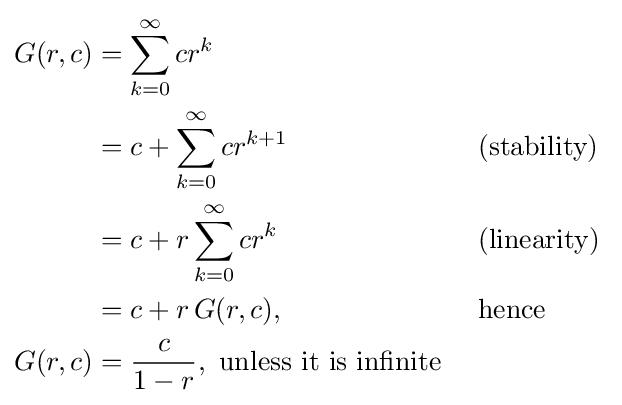
{\begin{aligned}G(r,c)&=\sum _{k=0}^{\infty }cr^{k}&&\\&=c+\sum _{k=0}^{\infty }cr^{k+1}&&{\text{ (stability) }}\\&=c+r\sum _{k=0}^{\infty }cr^{k}&&{\text{ (linearity) }}\\&=c+r\,G(r,c),&&{\text{ hence }}\\G(r,c)&={\frac {c}{1-r}},{\text{ unless it is infinite}}&&\\\end{aligned}}